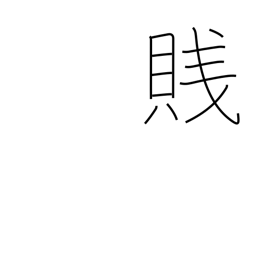
Meaning: despise